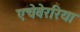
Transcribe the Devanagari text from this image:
एचेवेररिया